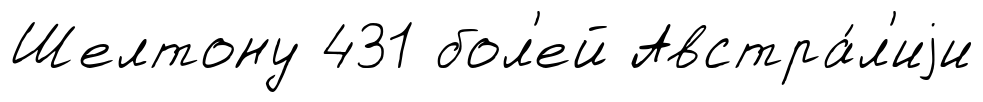
Шелтону 431 бол'ей Австра́л'иjи